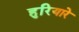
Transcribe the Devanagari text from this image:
हुरियारे